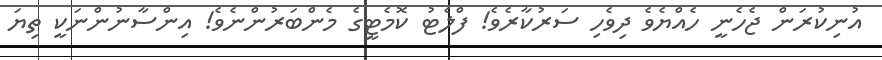
އުނިކުރަން ޖެހެނީ ހެއްޔެވެ ދިވެހި ސަރުކާރެވެ! ފްލެޓު ކޮމެޓީގެ މެންބަރުންނެވެ! އިންސާނުންނަކީ ތިޔަ